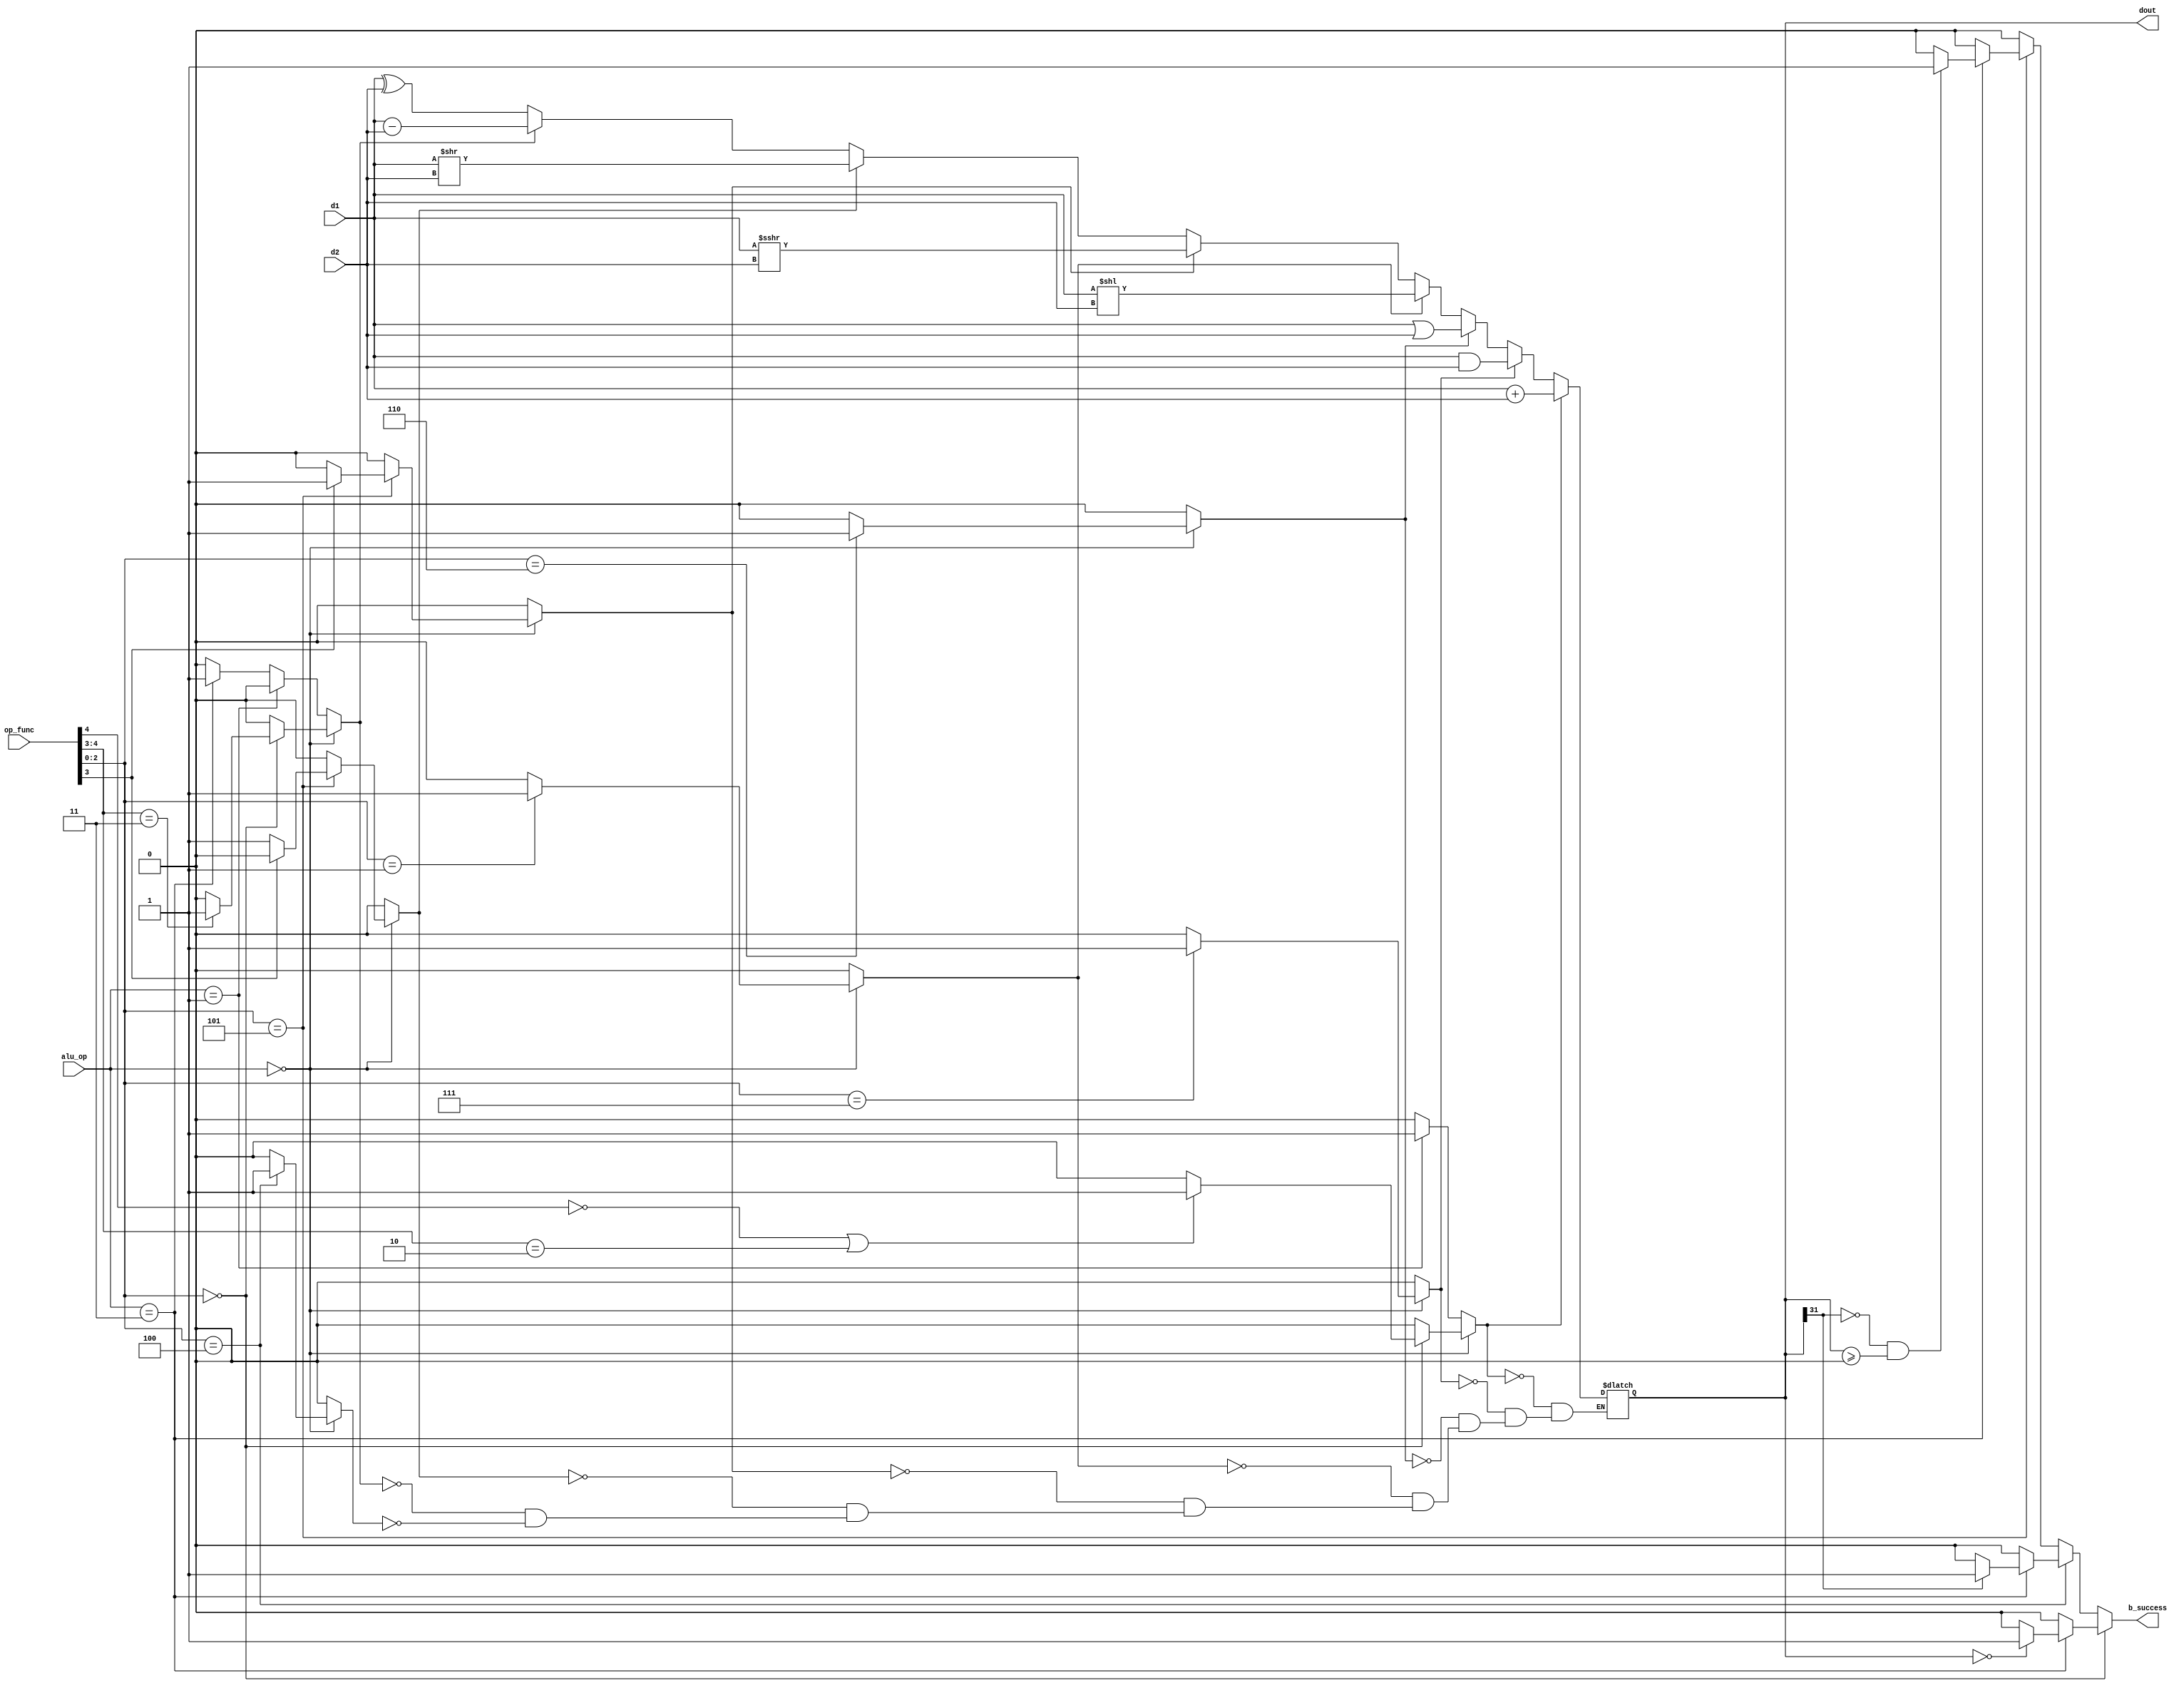
module ALU(
    input [1:0] alu_op,
    input [4:0] op_func,   //FUNC3 + FUNC7[5] + OPCODE[5] -> aka {OPCODE[5],instr[30],instr[14:12]}
    input [31:0] d1,
    input [31:0] d2,
    output reg[31:0] dout,
    output reg   b_success=0
);

reg is_add=0;
reg is_sub=0;
reg is_sll=0;
reg is_srl=0;
reg is_sra=0;
reg is_or=0;
reg is_and=0;
reg is_xor=0;

always @(*) begin
    is_add<=0;
    is_sub<=0;
    is_sll<=0;
    is_srl<=0;
    is_sra<=0;
    is_or<=0;
    is_and<=0;
    is_xor<=0;
    if(alu_op==2'b00)begin
        case(op_func[2:0])
            3'b000: //if R type(op_func[4]=1),op_func[3]=1(sub) op_func[3]=0(add)
                    //if I type(op_func[4]=0),is addi.
                    begin
                         is_add <= (op_func[4]==0 || op_func[4:3] == 2'b10) ? 1 : 0;
                         is_sub <= (op_func[4:3]==2'b11) ? 1 : 0;
                    end
            3'b001: is_sll<=1;
            3'b100: is_xor<=1;
            3'b101: begin if(op_func[3]) is_sra<=1; else  is_srl<=1;  end
            3'b110: is_or<=1;
            3'b111: is_and<=1;
        endcase
    end
    else if(alu_op==2'b01)begin
        is_add<=1;
    end
    else if(alu_op==2'b11)begin
        is_sub<=1;
    end
end

always@(*)begin
    if(is_add)      dout <= $signed(d1) + $signed(d2);
    else if(is_and) dout <= d1 & d2;
    else if(is_or)  dout <= d1 | d2;
    else if(is_sll) dout <= d1 << d2;
    else if(is_sra) dout <= $signed(d1) >>> d2;
    else if(is_srl) dout <= d1 >> d2;
    else if(is_sub) dout <= $signed(d1) - $signed(d2);
    else if(is_xor) dout <= d1 ^ d2;
end

reg b_lt=0;
reg b_ge=0;
reg b_eq=0;
//branch judge.
always@(*)begin
    if(alu_op==2'b11)
    begin
        if(dout==0)begin
            b_eq<=1;
        end
        else b_eq <= 0;

        if(dout[31]==1'b1)begin
            b_lt<=1;
        end
        else b_lt <= 0;

        if(dout[31]==0&&dout>=0) b_ge <= 1;
        else  b_ge <= 0;
    end
    else begin
        b_eq<=0;
        b_lt<=0;
        b_ge<=0;
    end

end

always@(*)
begin
    if(op_func[2:0]==3'b000)begin
        b_success<=b_eq;
    end
    else if(op_func[2:0]==3'b100)begin
        b_success<=b_lt;
    end
    else if(op_func[2:0]==3'b101)begin
        b_success<=b_ge;
    end
    else b_success<=0;
end

endmodule